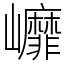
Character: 㠧